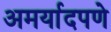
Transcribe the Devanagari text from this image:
अमर्यादपणे